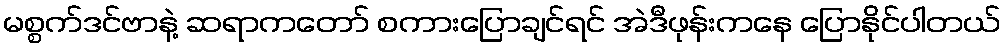
မစ္စက်ဒင်ဗာနဲ့ ဆရာကတော် စကားပြောချင်ရင် အဲဒီဖုန်းကနေ ပြောနိုင်ပါတယ်